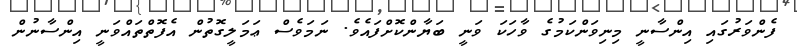
ފެންވަރުގައި އިންސާނީ މިނިވަންކަމުގެ ވާހަކަ ވަނީ ބަޔާންކޮށްފައެވެ. ނަމަވެސް ޢަމަލީގޮތުން އެފޮތްތައްވަނީ އިންސާނުން